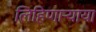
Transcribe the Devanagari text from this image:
लिहिणार्‍याया